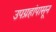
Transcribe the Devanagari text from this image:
उपग्रहांपासून